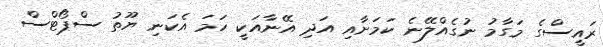
ރައީސްގެ މަގާމު ނުގެއްލޭނެ ކަމަށާއި އަދި އޭނާއަކީ ހަމަ އެކަނި ޔޫތު ސްޕޯޓްސް